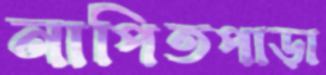
নাপিতপাড়া